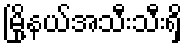
မြို့နယ်အသီးသီးရှိ